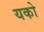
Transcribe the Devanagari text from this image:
यको